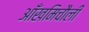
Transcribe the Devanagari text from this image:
आँखमिचौली